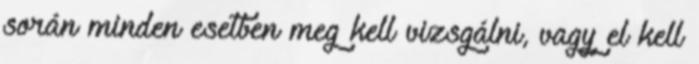
során minden esetben meg kell vizsgálni, vagy el kell